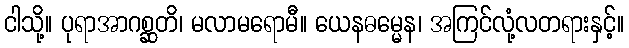
ငါသို့။ ပုရာအာဂစ္ဆတိ၊ မလာမရောမီ။ ယေနဓမ္မေန၊ အကြင်လုံ့လတရားနှင့်။